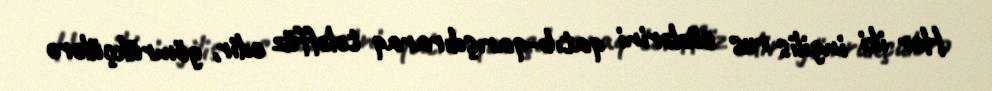
Hər iki ingilis rus sözlərini qatıb-qarışdıraraq tələffüz edir, gömrükçülərə